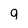
Character: 9